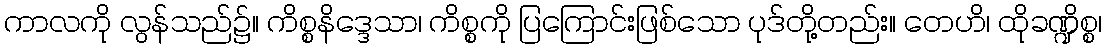
ကာလကို လွန်သည်၌။ ကိစ္စနိဒ္ဒေသာ၊ ကိစ္စကို ပြကြောင်းဖြစ်သော ပုဒ်တို့တည်း။ တေဟိ၊ ထိုခဏ္ဍိစ္စ၊